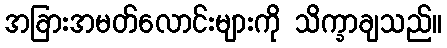
အခြားအမတ်လောင်းများကို သိက္ခာချသည်။